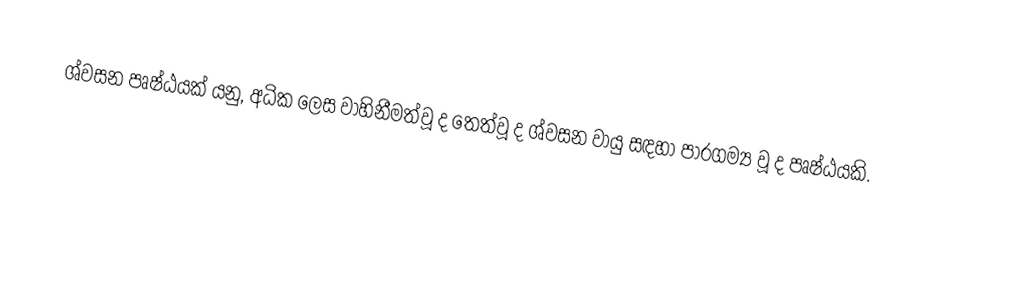
ශ්වසන පෘෂ්ඨයක් යනු, අධික ලෙස වාහිනීමත්වූ ද තෙත්වූ ද ශ්වසන වායු සඳහා පාරගම්‍ය වූ ද පෘෂ්ඨයකි.